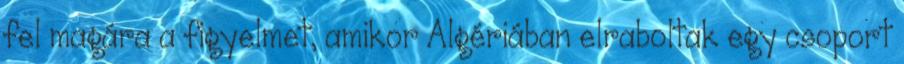
fel magára a figyelmet, amikor Algériában elraboltak egy csoport